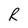
Character: R